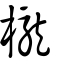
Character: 櫳